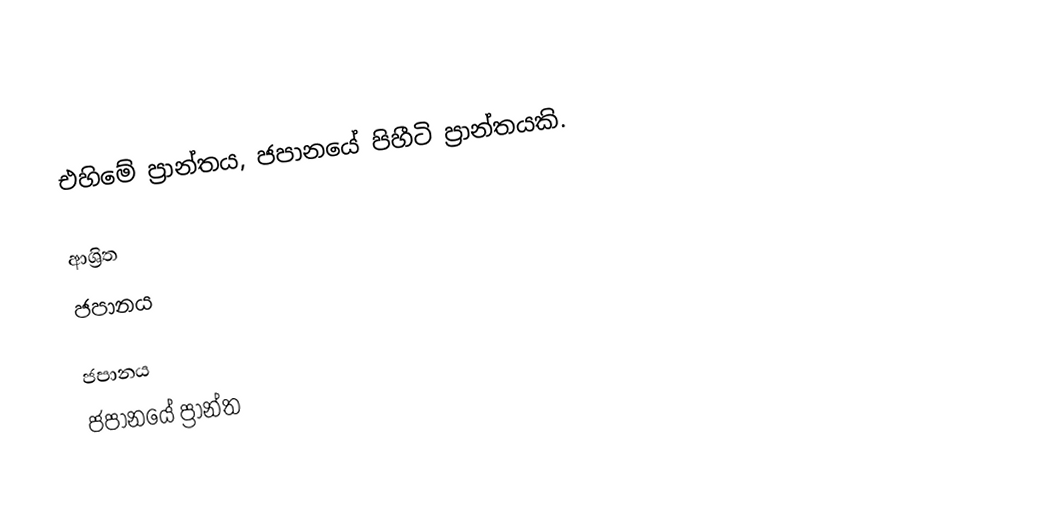
එහිමේ ප්‍රාන්තය, ජපානයේ පිහීටි ප්‍රාන්තයකි.

ආශ්‍රිත
 ජපානය

ජපානය
ජපානයේ ප්‍රාන්ත